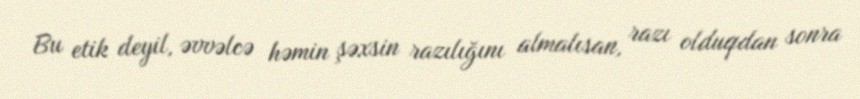
Bu etik deyil, əvvəlcə həmin şəxsin razılığını almalısan, razı olduqdan sonra